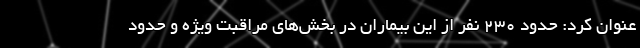
عنوان کرد: حدود ۲۳۰ نفر از این بیماران در بخش‌های مراقبت ویژه و حدود